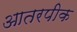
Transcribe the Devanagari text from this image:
आतरपीक